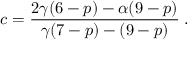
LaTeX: c = \frac { 2 \gamma ( 6 - p ) - \alpha ( 9 - p ) } { \gamma ( 7 - p ) - ( 9 - p ) } \; .